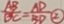
\frac { A B } { B C } = \frac { A D } { B D } \textcircled { 2 }